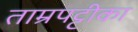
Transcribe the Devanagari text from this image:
ताम्रपट्टीका